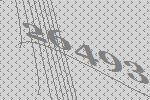
26493